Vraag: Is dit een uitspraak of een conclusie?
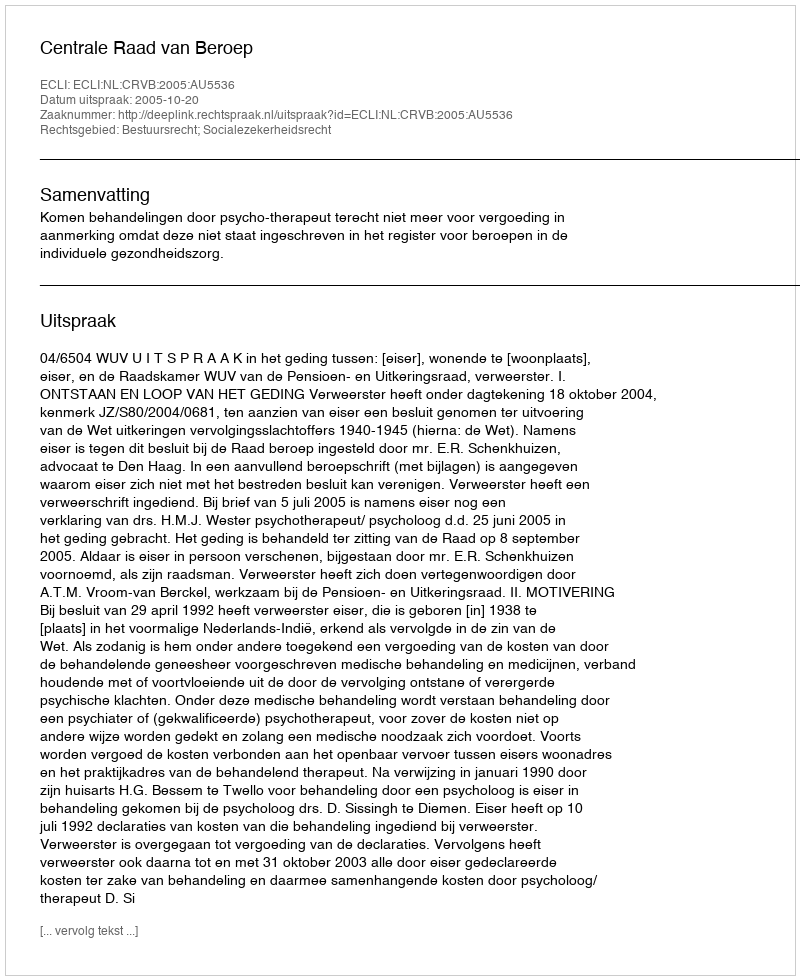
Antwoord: Uitspraak